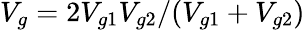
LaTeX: V_{g}=2V_{g1}V_{g2}/(V_{g1}+V_{g2})